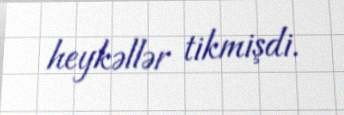
heykəllər tikmişdi.